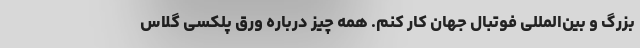
بزرگ و بین‌المللی فوتبال جهان کار کنم. همه چیز درباره ورق پلکسی گلاس